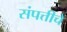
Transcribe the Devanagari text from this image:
संपत्तीचें